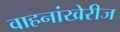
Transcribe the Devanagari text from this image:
वाहनांखेरीज